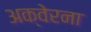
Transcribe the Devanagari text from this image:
अक्वेरना